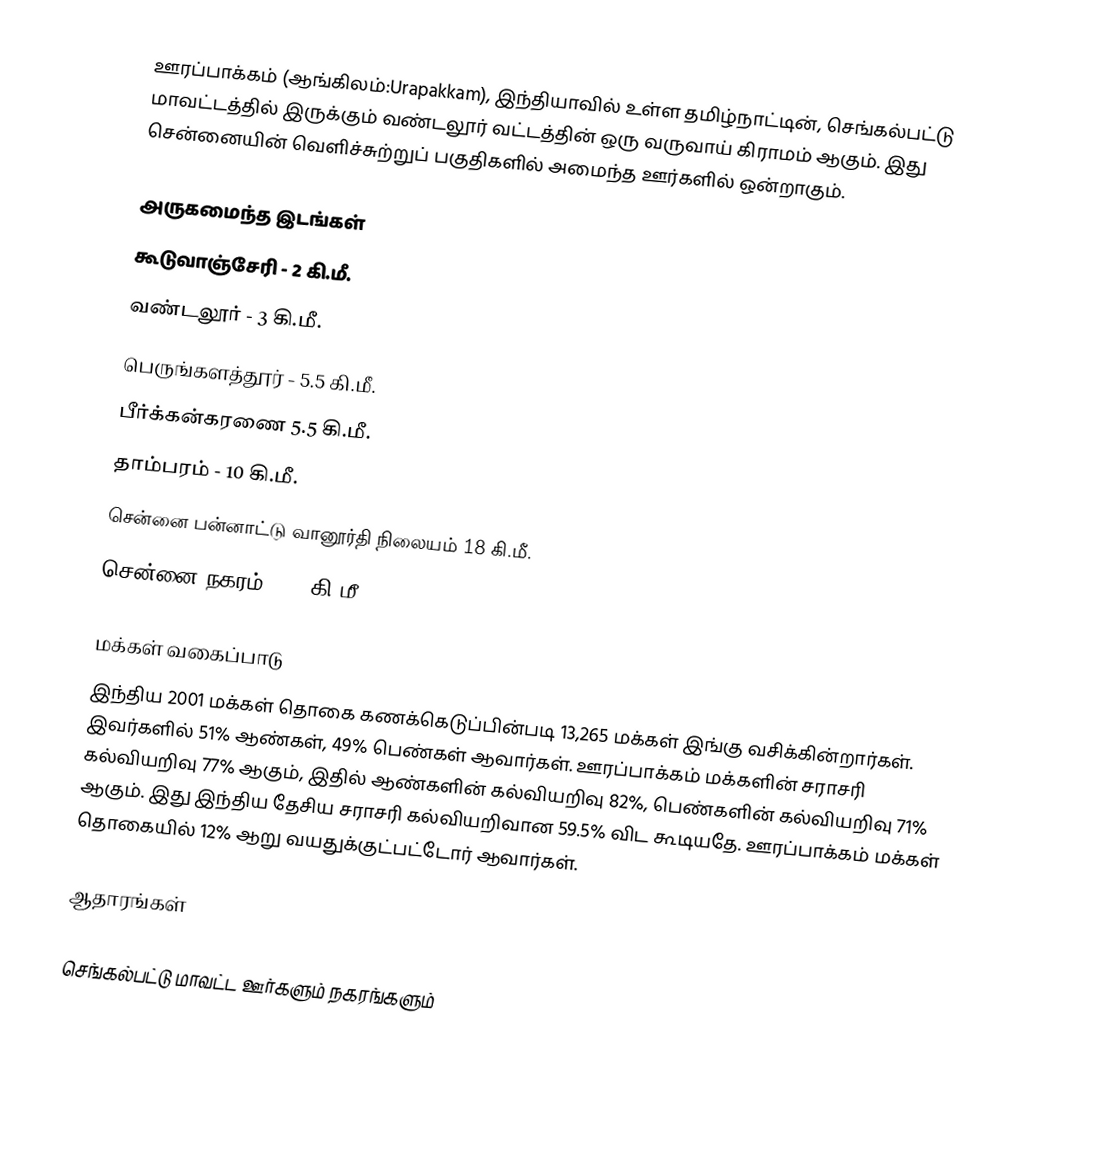
ஊரப்பாக்கம் (ஆங்கிலம்:Urapakkam), இந்தியாவில் உள்ள தமிழ்நாட்டின், செங்கல்பட்டு மாவட்டத்தில் இருக்கும் வண்டலூர் வட்டத்தின் ஒரு வருவாய் கிராமம் ஆகும். இது சென்னையின் வெளிச்சுற்றுப் பகுதிகளில் அமைந்த ஊர்களில் ஒன்றாகும்.

அருகமைந்த இடங்கள்
 கூடுவாஞ்சேரி - 2 கி.மீ.
 வண்டலூர் - 3 கி.மீ.
 பெருங்களத்தூர் - 5.5 கி.மீ.
 பீர்க்கன்கரணை 5.5 கி.மீ.
 தாம்பரம் - 10 கி.மீ.
 சென்னை பன்னாட்டு வானூர்தி நிலையம் 18	 கி.மீ.
 சென்னை நகரம் - 35 கி.மீ.

மக்கள் வகைப்பாடு
இந்திய 2001 மக்கள் தொகை கணக்கெடுப்பின்படி 13,265 மக்கள் இங்கு வசிக்கின்றார்கள். இவர்களில் 51% ஆண்கள், 49% பெண்கள் ஆவார்கள். ஊரப்பாக்கம் மக்களின் சராசரி கல்வியறிவு 77% ஆகும்,  இதில் ஆண்களின் கல்வியறிவு 82%,  பெண்களின் கல்வியறிவு 71% ஆகும். இது இந்திய தேசிய சராசரி கல்வியறிவான 59.5% விட கூடியதே. ஊரப்பாக்கம் மக்கள் தொகையில் 12%  ஆறு வயதுக்குட்பட்டோர் ஆவார்கள்.

ஆதாரங்கள்

செங்கல்பட்டு மாவட்ட ஊர்களும் நகரங்களும்